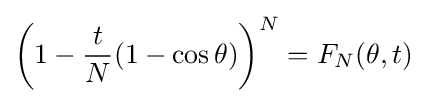
\left(1-{\frac {t}{N}}(1-\cos \theta )\right)^{N}=F_{N}(\theta ,t)